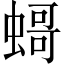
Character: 𧎺